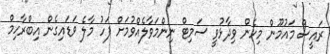
ރައީސް މައުމޫން މިހެން ވިދާޅުވީ ސަމިޓް ނިންމަވާލެއްވުމަށް ފަހު މާލެ ވަޑައިގެން އިބްރާހިމް